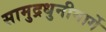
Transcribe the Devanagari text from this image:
सामुद्रधुनीमार्गे